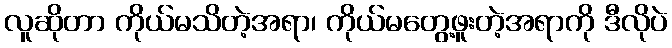
လူဆိုတာ ကိုယ်မသိတဲ့အရာ၊ ကိုယ်မတွေ့ဖူးတဲ့အရာကို ဒီလိုပဲ